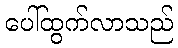
ပေါ်ထွက်လာသည်